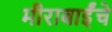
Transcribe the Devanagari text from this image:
मीराबाईंचे